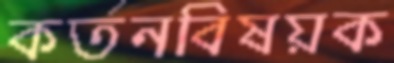
কর্তনবিষয়ক